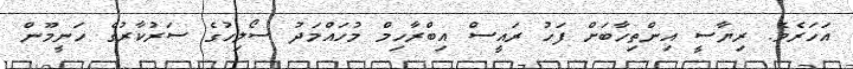
އަހަރެވެ. ރިޔާސީ އިންތިހާބަށް ފަހު ރައީސް އިބްރާހިމް މުހައްމަދު ސޯލިހުގެ ސަރުކާރުގެ ހަނީމޫން